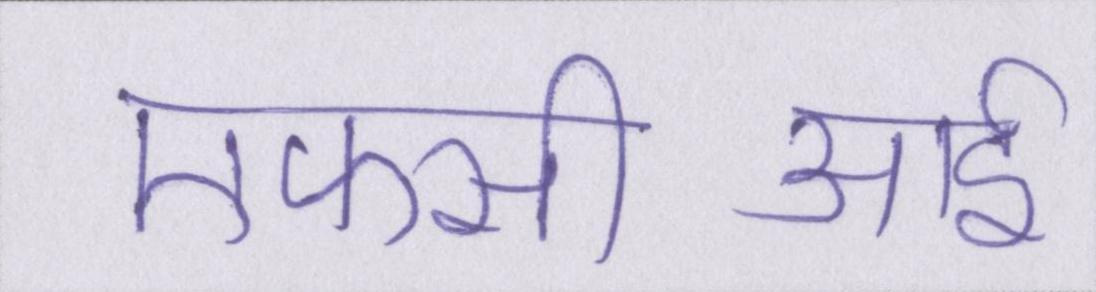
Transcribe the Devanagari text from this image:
एफसीआई